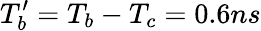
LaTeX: T_{b}^{\prime}=T_{b}-T_{c}=0.6ns